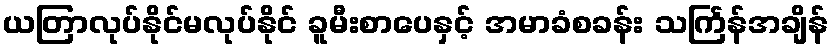
ယတြာလုပ်နိုင်မလုပ်နိုင် ခူမီးစာပေနှင့် အမာခံစခန်း သင်္ကြန်အချိန်